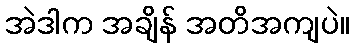
အဲဒါက အချိန် အတိအကျပဲ။